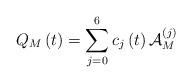
LaTeX: \begin{align*}Q_{M}\left( t\right) =\sum_{j=0}^{6}c_{j}\left( t\right) \mathcal{A}_{M}^{(j)} \end{align*}